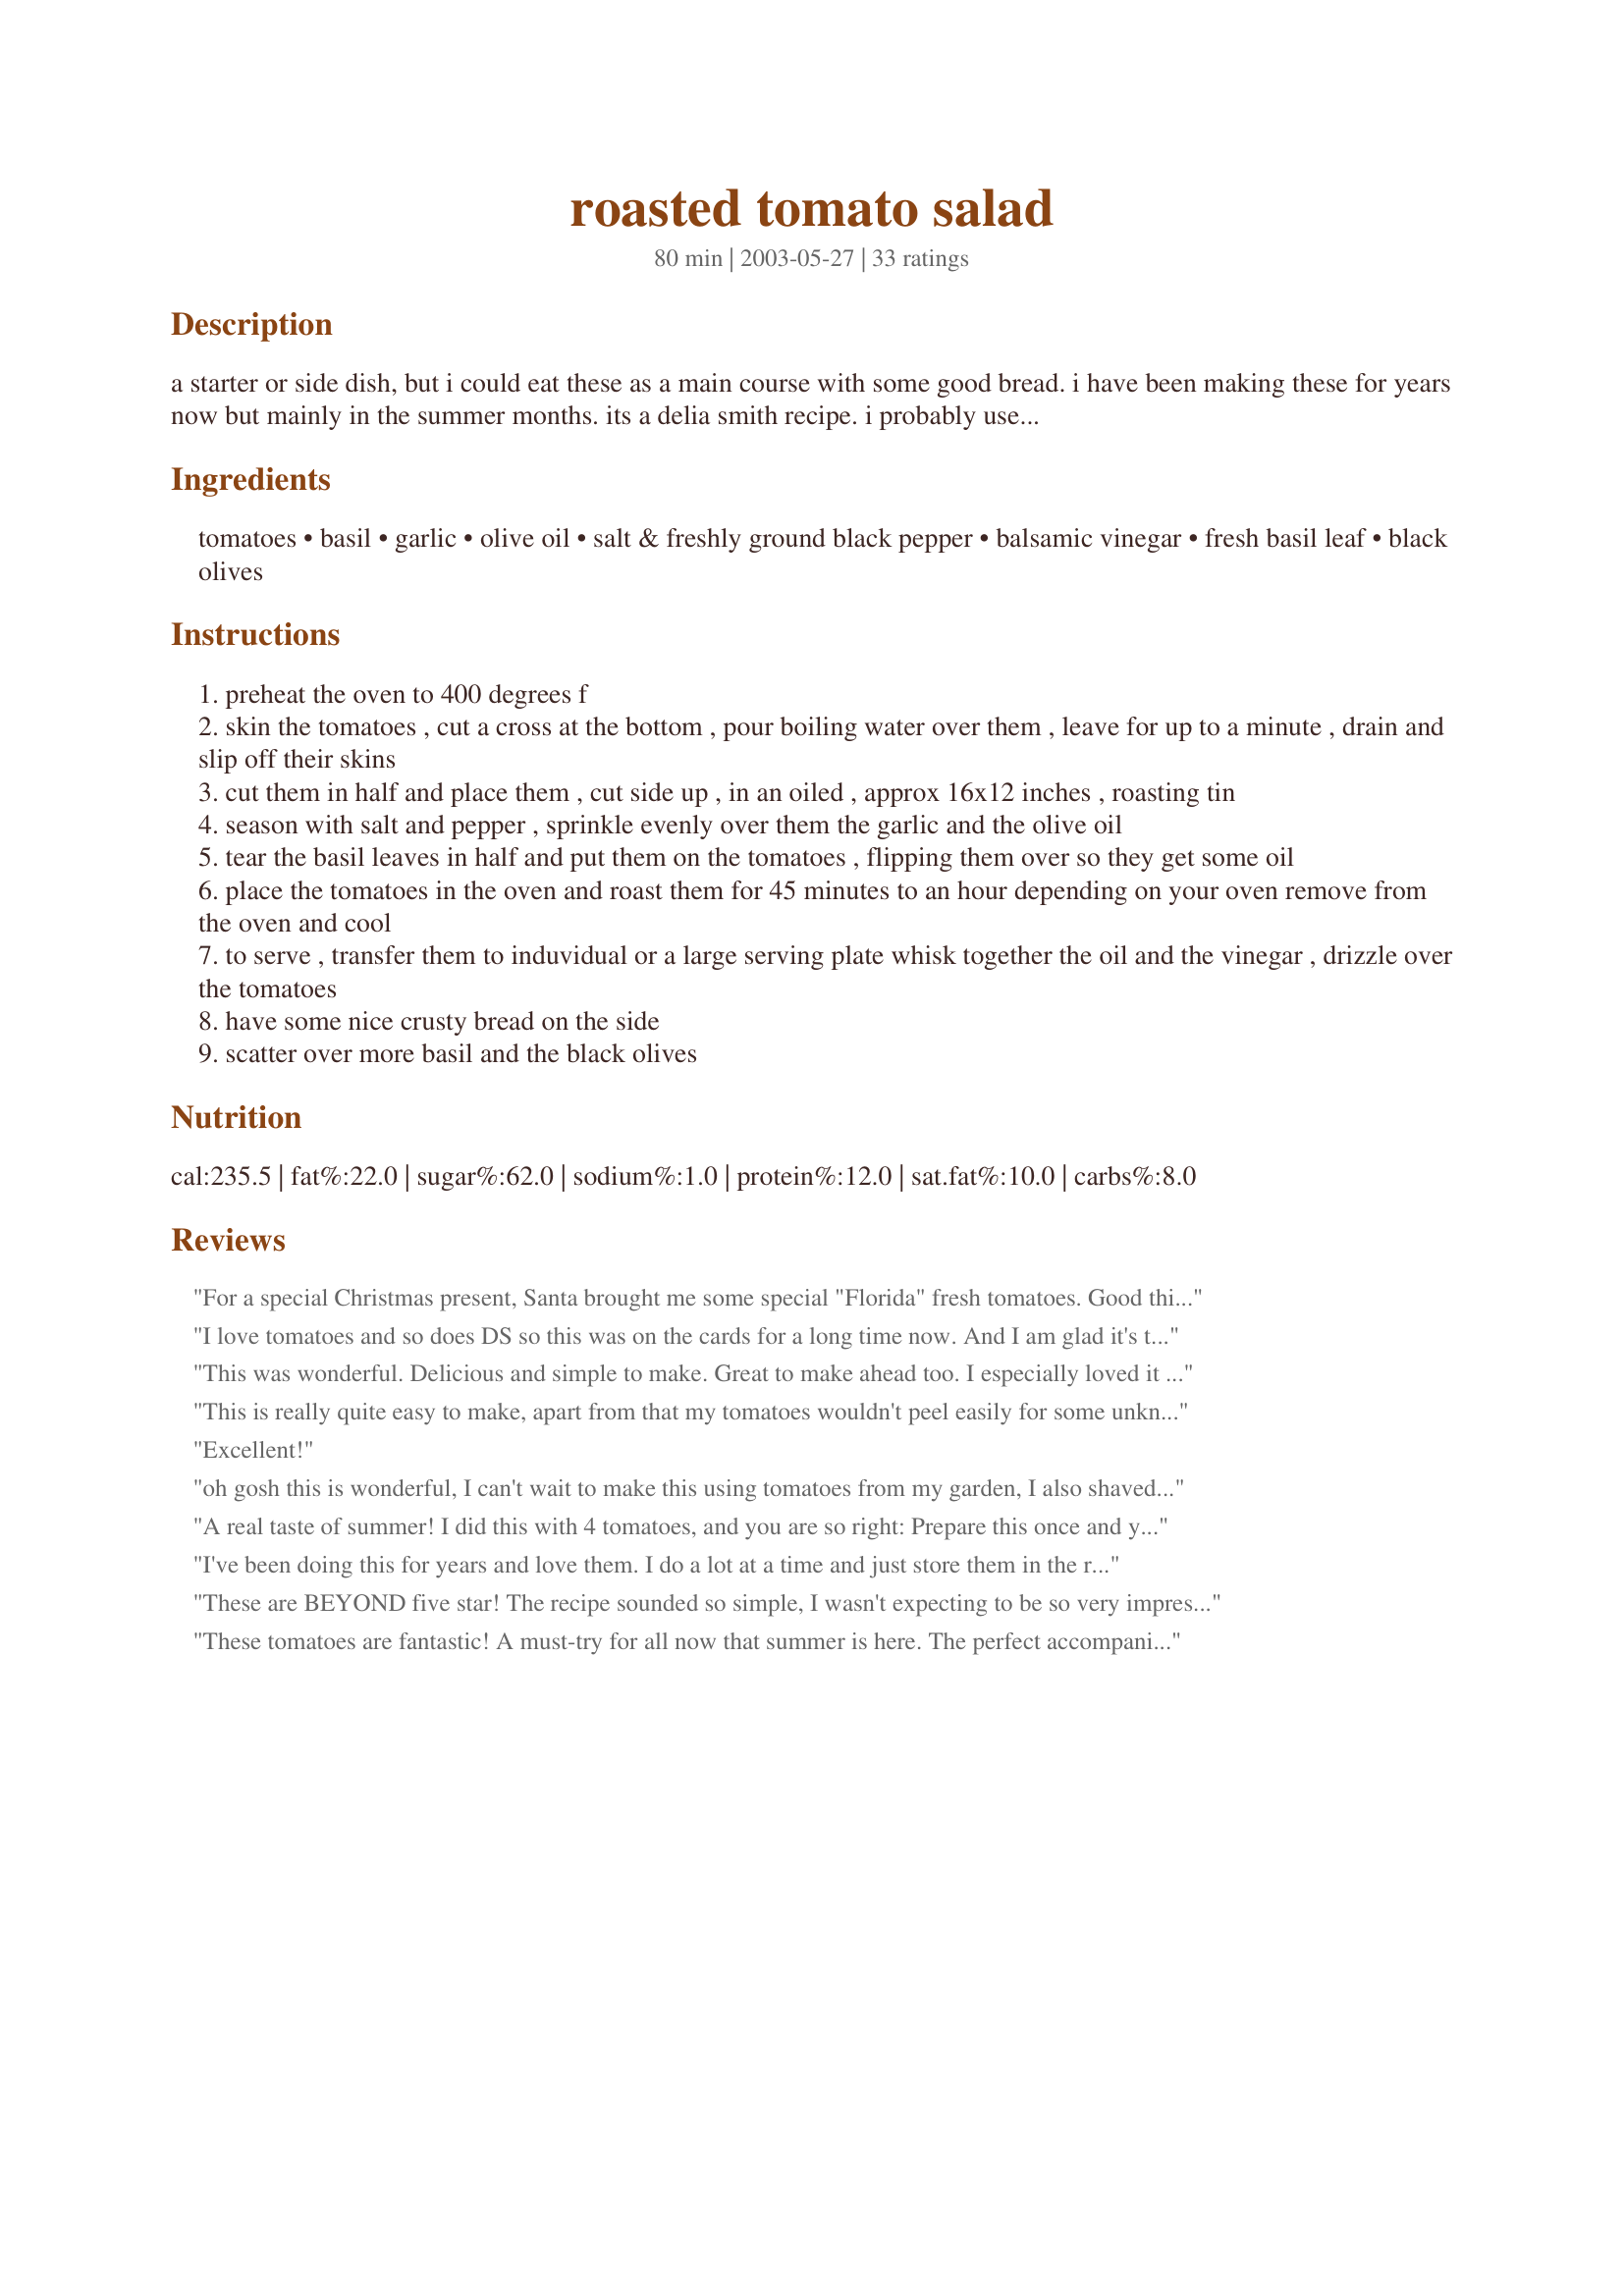
roasted tomato salad
Preparation time: 80 minutes

a starter or side dish, but i could eat these as a main course with some good bread. i have been making these for years now but mainly in the summer months. its a delia smith recipe. i probably use more garlic. if you made these a few times you will find you don't have to refer to the recipe anymore, just get your roasting tin full of the tomatoes and add the seasonings. the dressing is easy to remember too. this is a top summer dish. can be made in advance.

Ingredients:
tomatoes, basil, garlic, olive oil, salt & freshly ground black pepper, balsamic vinegar, fresh basil leaf, black olives

Steps:
preheat the oven to 400 degrees f
skin the tomatoes , cut a cross at the bottom , pour boiling water over them , leave for up to a minute , drain and slip off their skins
cut them in half and place them , cut side up , in an oiled , approx 16x12 inches , roasting tin
season with salt and pepper , sprinkle evenly over them the garlic and the olive oil
tear the basil leaves in half and put them on the tomatoes , flipping them over so they get some oil
place the tomatoes in the oven and roast them for 45 minutes to an hour depending on your oven remove from the oven and cool
to serve , transfer them to induvidual or a large serving plate whisk together the oil and the vinegar , drizzle over the tomatoes
have some nice crusty bread on the side
scatter over more basil and the black olives

Reviews:
For a special Christmas present, Santa brought me some special "Florida" fresh tomatoes. Good thing I tagged this for *Holiday Spelling Bee* so I could use these beauties up. I still had fresh basil growing in my kitchen window, so I snipped several leaves off, and between the garlic/basil/tomato mixture aroma coming from the oven, and the wonderful little dressing for garnish I thought I had gone to the North Pole as this as festive and great tasting as you can get. Totally comfort food at it's best. Thank you so much, Pets R Us, absolutely terrific!
I love tomatoes and so does DS so this was on the cards for a long time now. And I am glad it's time came on my dinner table. I made it as an accompaniment to a pasta meal from Bergy and it was lovely. I doubled the garlic and used a combo of sherry wine vinegar (a recent acquisition - balsamic vinegar I still have to get) and plain vinegar. I added some red pepper and green pepper too and green olives instead of the black. Thank you. :) Fay
This was wonderful. Delicious and simple to make. Great to make ahead too. I especially loved it cold the next day. Thanks so much!
This is really quite easy to make, apart from that my tomatoes wouldn't peel easily for some unknown reason! ;) It looks really pretty as well and tastes great. The recipe did not say to remove the basil leaves after roasting, but since they didn't look that great anymore and since fresh ones were added anyways, I did take them off. I used half an olive on each tomato half. I can imagine this would also be great warm or if fresh buffalo mozzarella was added. I served it as a side to a chicken and spinach dish and it was just perfect! Thanks for sharing!
Excellent!
oh gosh this is wonderful, I can't wait to make this using tomatoes from my garden, I also shaved some fresh Parmesan cheese on top, thanks for sharing this wonderful recipe Pets!
A real taste of summer! I did this with 4 tomatoes, and you are so right: Prepare this once and you can do it again on auto-pilot, adjusting the amount of garlic and dressing as desired. I was lucky enough to have had some sample packets of a basil olive oil to use-Really delicious with roasted lamb. Thanks for posting, Annelies!
I've been doing this for years and love them. I do a lot at a time and just store them in the refrigerator. We eat them cold, room temp, tossed into pasta, on sandwiches, whatever..... Tasty and good for you!
These are BEYOND five star! The recipe sounded so simple, I wasn't expecting to be so very impressed by this. I had about a dozen home-grown tomatoes that were going to go bad if I didn't do something with them, so chose this recipe for it's ease in preparation. It's SO GOOD! Don't be alarmed if the juices in the pan get really black. The bits of black that cling to the tomatoes seem to melt into the dressing giving it a wonderful flavor. You must try this! I'm fixing another batch, tomorrow. The tomatoes cook down quite a bit so you may want to roast even more than twelve! Thanks a bundle, PetsRus. Super recipe! :)
These tomatoes are fantastic! A must-try for all now that summer is here. The perfect accompaniment to grilled steak.
I LOVE THIS! Ate this as a side dish with good crusty bread, I used more olive oil and garlic.Sreved this with grilled steak
This has always been a family favorite. I don't peel the tomatoes however, and I use yellow, orange, red and grape tomatoes when making.....balsamic is good with it as well.
Wow, these were great - I wouldn't mind having a permanent supply on hand - especially now during our hot summer days. I found I preferred to eat the tomatoes at room temperature rather than chilled.
I've made these a lot this summer. It's become one of my favorite ways to enjoy tomatoes. I use vine ripened tomatoes (medium sized) and although I do the criss-cross on the bottoms, I then simply slice them in half and put them cut sides up in the oiled roasting tin. I've never peeled them and they always get gobbled up. Yum!
Great!!!We loved this recipe.Thhanks,Linda.
The smell of tomatoes, garlic & basil (3 of my favourite things) roasting in the oven was pure Heaven! I used a medium ziploc bag of frozen Juliet tomatoes - they're in between a Grape & a Roma in size - unpeeled & roasted for 30 minutes. Aside from that & omitting the black olives, I didn't stray from your instructions. I've tasted a plate so I could post this review & take a foto - I hope the rest lasts til dinner so my hubby can try it too. Thanx Annelies!
DELICIOUS! Made it exactly as in the recipe, except left out olives and added blanched baby leeks for the last half hour of cooking. Made a scrumtious starter, but would have been enough for a main meal with some mixed salami and fresh crusty bread. Definitely a keeper.
Excellent simple recipe that is great on toast for lunch and which hit the spot beautifully.
I made these tonight to accompany some Ahi Tuna steaks that I grilled. I didn't have any fresh basil so I used dried. The result was incredible! I used tomatoes from our garden and they were a tremendous hit! I will make these again.
Gorgeous! I served this over plain couscous, and they went perfectly together. :-)
Yum! The balsamic vinegar gave these such a wonderful flavor!Great recipe Annelies!
I did these on the grill while I was cooking an eye round on the rotisserie. I used "large" tomatoes, per the recipe, but I think I would go for medium ones next time (they'd cook faster and would be "kid sized" - the kids were overwhelmed by the large ones). I would also mince the basil rather than using half- leaves. I had some shredded parmesan on the table, and some of my guests topped their tomatoes with it. PS - I didn't peel the tomatoes either.
DEVINE!!!! I don't give out too many 5 stars for veggies, because...well, they are veggies!!!
These were incredible!!!. I added probably a little under 1 T of the balsamic vinegar and olive oil to the pan juices, then drizzled that over the tomatoes. They were going to be an appitizer, but I decided to serve them with the main meal. They rocked! WOW!!! Excellent, excellent, excellent!!!
I loved loved loved this salad. The tomatoes are bursting with flavor after roasting. I will most definitely be making this again when the tomatoes are flourishing. Thank you.
Succulently delicious! I was taken aback at how simple it is to make this heavenly starter. Literally a taste of heaven drenched with juicy tasty aromatic roast tomatoes. Orgasm in the mouth!! Must try for those who are still undecided.
so simple sooooo good!
Had it with county bread,some cheese,hard boiled eggs,olives and roasted sliced eggplant,a nice light evening meal,with it ofcourse a nice glass of wine!
Will make it alot during the summer,thank you for a wonderfull recipe!
You mean I'm supposed to peel the tomatoes? Well, I didn't, and they came out great, so tough noogies! We had these for Friday night supper. The BH took a tomato half and smooshed it on his piece of grilled chicken breast. Sounded like a good idea so we all did the same. Great supper, superb flavors!
Delicious is definitely the word! Even better the next day cold and easy to make.
Yummo! This was a great tasting way to have tomatoes. I didn't use the olive oil (I know-shock, horror!) and I didn't peel the tomatoes either. I did add a little sweet red pepper to the dish and I baked it covered in foil so it was nice and juicy. I used plenty of freshly cracked pepper and loved the balsamic vinegar on this. Next time I might increase the garlic.
I didn't peel the tomatoes and I put them on the BBQ in their own foil pouch - they were great! Easy clean up. We ate these as an appetizer but had I made more, we would have just eaten these! Great summer tomato recipe - thank you for posting.
I loved this. I actually threw some of it on top of leftover pizza before I added the dressing. So good!!! Thanks Pets'R'us!!!
OMG, OMG, OMG. AMAZING. Who would have guessed something so simple could go so right? This is also a great side for the people of the house who typically don't like tomatoes, but enjoy tomato-based sauces. I had only prepared enough for me, and both DH and my friend were scooping seconds for themselves too!
What a great recipe to come across with fresh tomatoes from the garden. We loved this. I only roasted my tomatoes for about 30 minutes and backed off a little on the basil as a personal preference and left off the black olives as DH doesn't like them. Added a little Parmesan cheese to top the whole salad off. Made in momory of Pets 'R' us.
